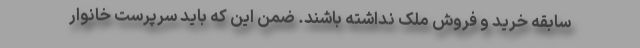
سابقه خرید و فروش ملک نداشته باشند. ضمن این که باید سرپرست خانوار